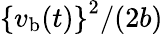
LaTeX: \left\{ v_{\mathrm{b}}(t)\right\} ^{2}/(2b)